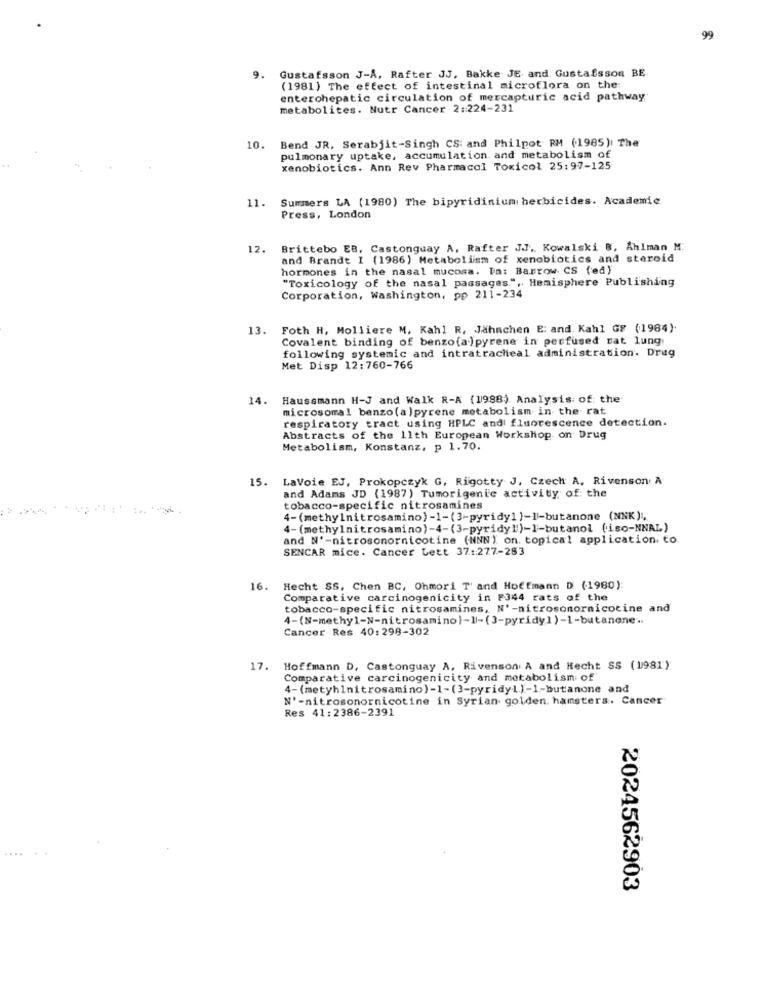
99
Gustafsson J-A, Rafter JJ, Bakke JE and. Gustafsson BE
9.
(1981) The effect of intestinal microflora on the:
enterohepatic circulation of mercapturic acid pathway
metabolites. Nutr Cancer 2 :: 224-231
Bend JR. Serabjit-Singh CS: and Philpot RM (1985); The
10.
pulmonary uptake, accumulation. and metabolism of
xenobiotics. Ann Rev Pharmacol Toxicol 25:97-125
Summers LA (1980) The bipyridinium herbicides. Academic
11.
Press, London
12.
Brittebo EB, Castonguay A, Rafter J.J. Kowalski B, Ahlman M.
and Brandt I (1986) Metabolism of xenobiotics and steroid
hormones in the nasal mucosa. Ta: Barrow CS (ed)
"Toxicology of the nasal passages.", Hemisphere Publishing
Corporation, Washington, pp 211-234
13.
Foth H, Molliere M, Kahl R, Jahnchen E: and. Kahl GF (1984).
Covalent binding of benzo(a)pyrene in perfused mat lung
following systemic and intratracheal administration. Drug
Met Disp 12:760-766
14. Haussmann H-J and Walk R-A (1998) Analysis of the
microsomal benzo (a ) pyrene metabolism in the rat
respiratory tract using HPLC and fluorescence detection.
Abstracts of the 11th European Workshop on Drug
Metabolism, Konstanz, p 1.70.
15.
LaVoie EJ, Prokopczyk G, Rigotty J, Czech A, Rivenson A
and Adams JD (1987) Tumorigenic activity of: the
tobacco-specific nitrosamines
4-(methylnitrosamino) -1-(3-pyridy1 )-1-butanone (NNK) ;,
4-(methylnitrosamino)-4-(3-pyridy!')-1-butanol (iso-NNAL)
and Nº-nitrosonornicotine (NNN) on. topical application, to.
SENCAR mice. Cancer Lett 37 :: 277-283
16.
Hecht SS, Chen BC, Ohmori T' and Hoffmann D (1980):
Comparative carcinogenicity in F344 rats of the
tobacco-specific nitrosamines, N'-nitrosomornicotine and
4-{N-methyl-N-nitrosamino)-]-(3-pyridy1)-1-butanone ..
Cancer Res 40:298-302
17. Hoffmann D, Castonguay A, Rivenson A and Hecht SS (1981)
Comparative carcinogenicity and metabolism of
4-(metyhlnitrosamino)-1-(3-pyridyL)-1-butanone and
N'-nitrosonornicotine in Syrian golden. hamsters. Cancer"
Res 41:2386-2391
2024562903